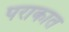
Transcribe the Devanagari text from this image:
पराकात